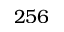
2 5 6